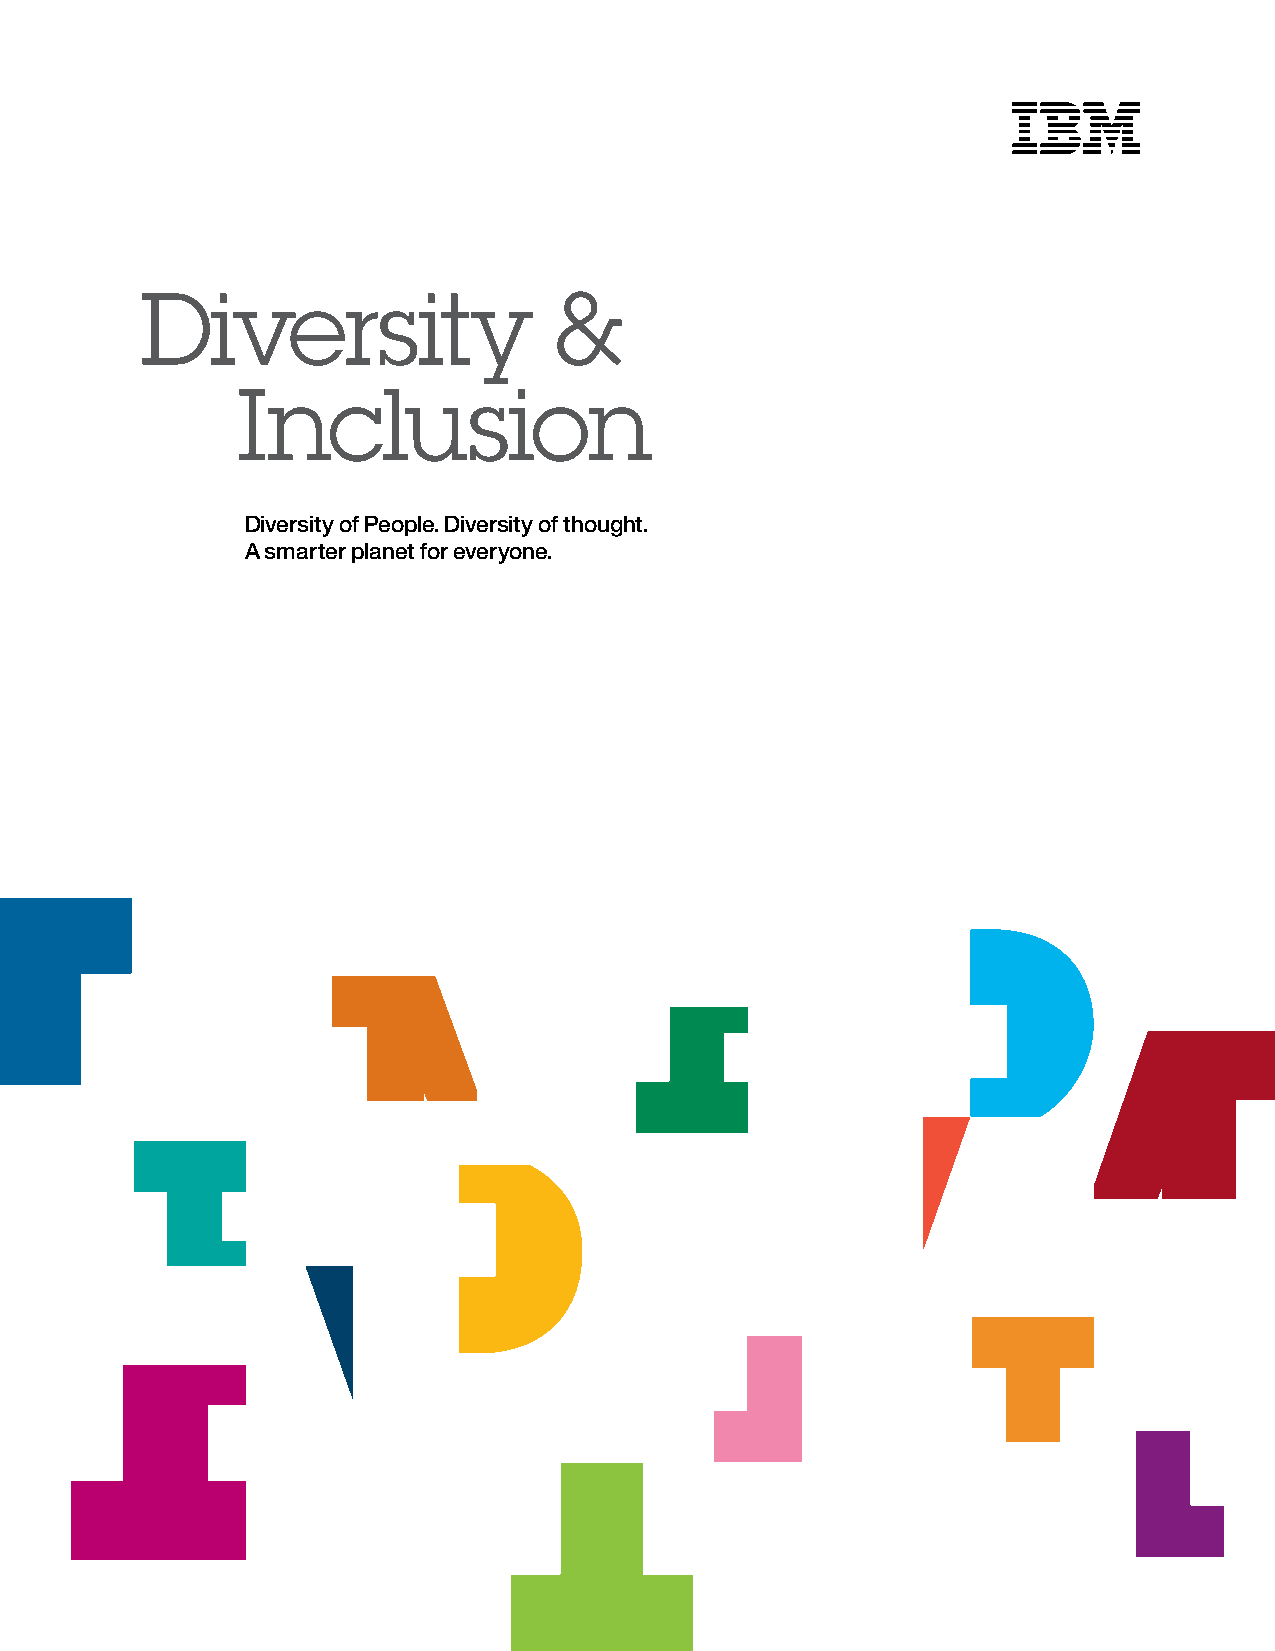
Diversity                   &
 Inclusion
 Diversity of People. Diversity of thought.
 A smarter planet for everyone.